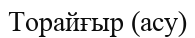
Торайғыр (асу)